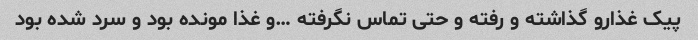
پیک غذارو گذاشته و رفته و حتی تماس نگرفته …و غذا مونده بود و سرد شده بود